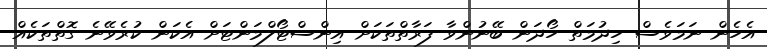
އެހެން ނަަމަވެސް ހިދުމަތް ހޯދަން ބޭނުންވާ ފަރާތްތަކަށް އިންސްޓޯލްމަންޓަށް އެކަން ކުރެވޭނެ ގޮތްތަކެއް